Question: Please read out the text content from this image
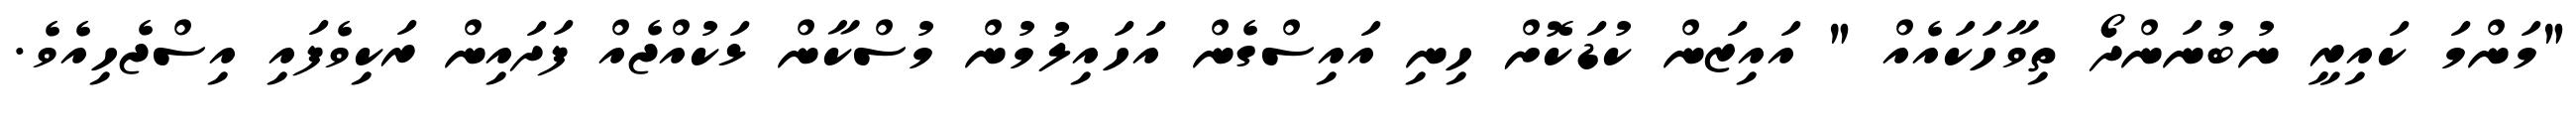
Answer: "މަންމަ ކައިރީ ނުބުނަންދޯ ތިވާހަކައެއް " އައިޒަން ކުޑަކޮށް ހިނި އައިސްގެން އަހައިލުމުން މުސްކާން ޅަކުއްޖެއް ފަދައިން ރަކިވެފައި އިސްޖެހިއެވެ.